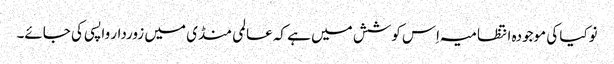
نوکیا کی موجودہ انتظامیہ اِس کوشش میں ہے کہ عالمی منڈی میں زوردار واپسی کی جائے۔